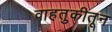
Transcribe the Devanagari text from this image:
वाहतुकीतून